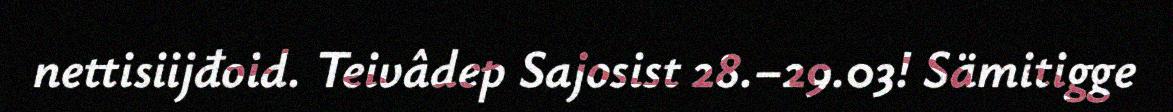
nettisiijđoid. Teivâdep Sajosist 28.–29.03! Sämitigge